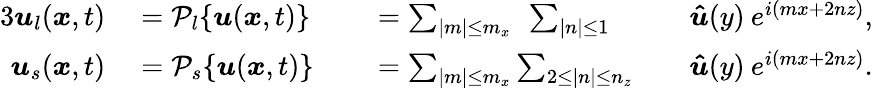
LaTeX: \begin{array}{rlrlrl}{{3}\boldsymbol{u}_{l}(\boldsymbol{x},t)}&{{}=\mathcal{P}_{l}\{ \boldsymbol{u}(\boldsymbol{x},t)\} }&{}&{{}=\sum_{|m|\le m_{x}}\: \: \sum_{|n|\le 1}}&{}&{{}\boldsymbol{\hat{u}}(y)\: e^{i(mx+2nz)},}\\ {\boldsymbol{u}_{s}(\boldsymbol{x},t)}&{{}=\mathcal{P}_{s}\{ \boldsymbol{u}(\boldsymbol{x},t)\} }&{}&{{}=\sum_{|m|\le m_{x}}\sum_{2\le|n|\le n_{z}}}&{}&{{}\boldsymbol{\hat{u}}(y)\: e^{i(mx+2nz)}.}\end{array}